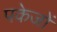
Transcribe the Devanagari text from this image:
पकेजों